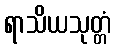
ရာသိယသုတ္တံ